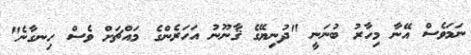
ނަމަވެސް އޭނާ މިހާރު ބުނަނީ "ދުނިޔޭގެ ޤާނޫނު އަހަރެންގެ މައްޗަށް ވެސް ހިނގާނެ"